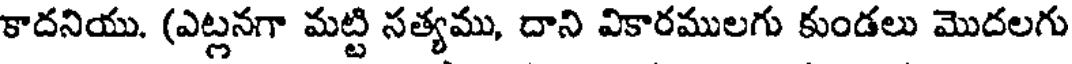
కాదనియు. (ఎట్లనగా మట్టి సత్యము, దాని వికారములగు కుండలు మొదలగు